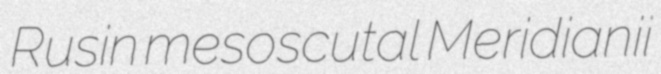
Rusin mesoscutal Meridianii